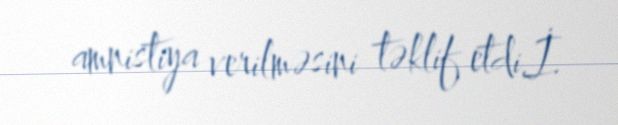
amnistiya verilməsini təklif etdi.İ.